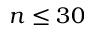
n \leq 3 0